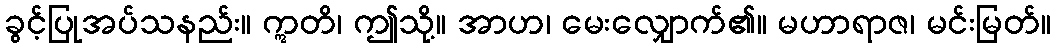
ခွင့်ပြုအပ်သနည်း။ ဣတိ၊ ဤသို့။ အာဟ၊ မေးလျှောက်၏။ မဟာရာဇ၊ မင်းမြတ်။